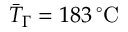
\bar { T } _ { \Gamma } = 1 8 3 \, ^ { \circ } \mathrm { C }